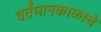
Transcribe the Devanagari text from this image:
वर्तमानकाळाचे